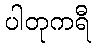
ပါတုကရီ